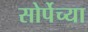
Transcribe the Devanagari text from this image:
सोर्पेच्या